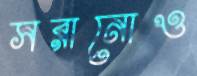
সরানোও